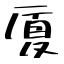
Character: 厦